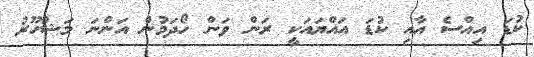
ކުޑަ އިއްސެ އާއި ކުޑަ އައްޔައަކީ ރަން ވަން ހޯދަމުން އަންނަ މަޝްހޫރު